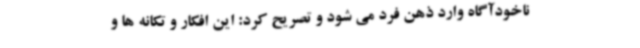
ناخودآگاه وارد ذهن فرد می شود و تصریح کرد: این افکار و تکانه ها و